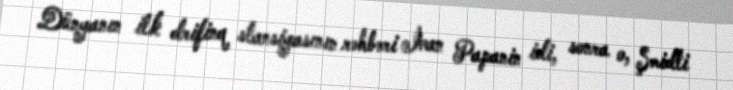
Dünyanın ilk drifinq stansiyasının rəhbəri İvan Papanin idi, sonra o, Şmidti